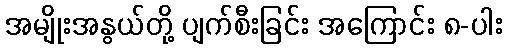
အမျိုးအနွယ်တို့ ပျက်စီးခြင်း အကြောင်း ၈-ပါး